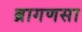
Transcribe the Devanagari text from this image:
ब्रागणसा